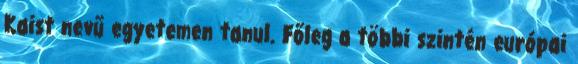
Kaist nevű egyetemen tanul. Főleg a többi szintén európai